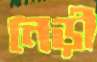
নেড়ী